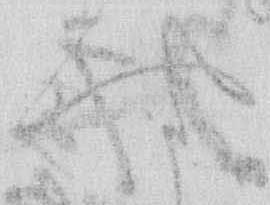
や